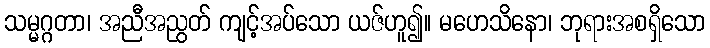
သမ္မဂ္ဂတာ၊ အညီအညွတ် ကျင့်အပ်သော ယဇ်ဟူ၍။ မဟေသိနော၊ ဘုရားအစရှိသော